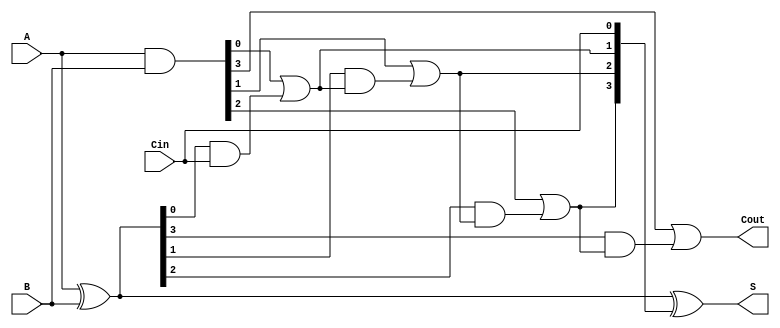
module carry_lookahead_adder #(
    parameter N = 4  // bit-width of the adder
)(
    input  [N-1:0] A,    // n-bit binary number A
    input  [N-1:0] B,    // n-bit binary number B
    input         Cin,    // carry-in
    output [N-1:0] S,     // n-bit sum output
    output        Cout     // carry-out
);

    wire [N-1:0] G;       // generate signals
    wire [N-1:0] P;       // propagate signals
    wire [N:0] C;         // carry signals

    // Generate and Propagate computations
    assign G = A & B;               // Generate signals: Gi = Ai & Bi
    assign P = A ^ B;               // Propagate signals: Pi = Ai ^ Bi

    // Carry signals computation using carry lookahead logic
    assign C[0] = Cin;              // C0 = Cin
    
    generate
        genvar i;
        for (i = 0; i < N; i = i + 1) begin : carry_gen
            if (i == 0) begin
                assign C[i+1] = G[i] | (P[i] & C[0]);
            end else begin
                assign C[i+1] = G[i] | (P[i] & C[i]);
            end
        end
    endgenerate

    // Sum calculation
    assign S = P ^ {C[N-1:0]}; // Si = Pi ^ Ci

    // Final carry-out
    assign Cout = C[N];          // Cout = Cn

endmodule